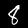
Label: 8